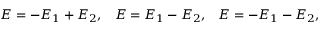
\begin{array} { l l l } { { E = - E _ { 1 } + E _ { 2 } , } } & { { E = E _ { 1 } - E _ { 2 } , } } & { { E = - E _ { 1 } - E _ { 2 } , } } \end{array}